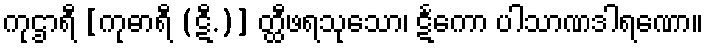
ကုဌာရီ [ကုဓာရီ (ဋီ.)] တ္ထီဖရသုသော၊ ဋင်္ကော ပါသာဏဒါရဏော။